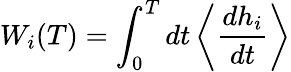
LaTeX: W_{i}(T)=\int_{0}^{T}dt\left\langle\frac{dh_{i}}{dt}\right\rangle